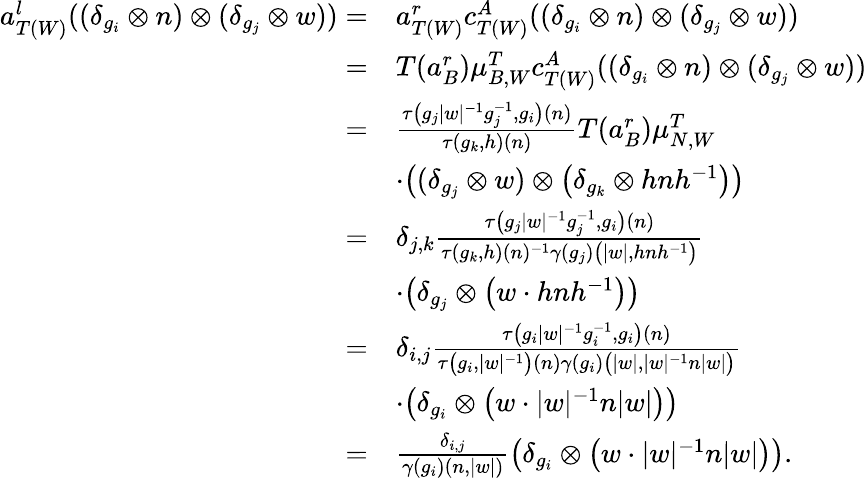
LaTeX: \begin{array}{rl}{a_{T(W)}^{l}((\delta_{g_{i}}\otimes n)\otimes(\delta_{g_{j}}\otimes w))=}&{a_{T(W)}^{r}c_{T(W)}^{A}((\delta_{g_{i}}\otimes n)\otimes(\delta_{g_{j}}\otimes w))}\\ {=}&{T(a_{B}^{r})\mu_{B,W}^{T}c_{T(W)}^{A}((\delta_{g_{i}}\otimes n)\otimes(\delta_{g_{j}}\otimes w))}\\ {=}&{\frac{\tau\big(g_{j}|w|^{-1}g_{j}^{-1},g_{i}\big)(n)}{\tau(g_{k},h)(n)}T(a_{B}^{r})\mu_{N,W}^{T}}\\ &{\cdot\big((\delta_{g_{j}}\otimes w)\otimes\big(\delta_{g_{k}}\otimes hnh^{-1}\big)\big)}\\ {=}&{\delta_{j,k}\frac{\tau\big(g_{j}|w|^{-1}g_{j}^{-1},g_{i}\big)(n)}{\tau(g_{k},h)(n)^{-1}\gamma(g_{j})\big(|w|,hnh^{-1}\big)}}\\ &{\cdot\big(\delta_{g_{j}}\otimes\big(w\cdot hnh^{-1}\big)\big)}\\ {=}&{\delta_{i,j}\frac{\tau\big(g_{i}|w|^{-1}g_{i}^{-1},g_{i}\big)(n)}{\tau\big(g_{i},|w|^{-1}\big)(n)\gamma(g_{i})\big(|w|,|w|^{-1}n|w|\big)}}\\ &{\cdot\big(\delta_{g_{i}}\otimes\big(w\cdot|w|^{-1}n|w|\big)\big)}\\ {=}&{\frac{\delta_{i,j}}{\gamma(g_{i})(n,|w|)}\big(\delta_{g_{i}}\otimes\big(w\cdot|w|^{-1}n|w|\big)\big).}\end{array}